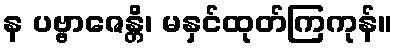
န ပဗ္ဗာဇေန္တိ၊ မနှင်ထုတ်ကြကုန်။